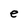
Character: e